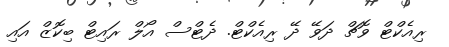
ރިއެކްޓް ވޮޗް ދަވޭ ދޭ ރިއެކްޓް. ދެޓްސް އޯލް ރައިޓް ބިކޮޒް އައި